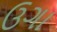
ઉગા